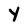
Character: Y